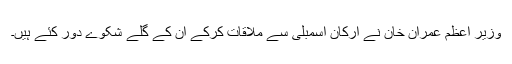
وزیر اعظم عمران خان نے ارکان اسمبلی سے ملاقات کرکے ان کے گلے شکوے دور کئے ہیں۔